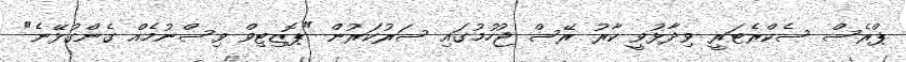
ޕްރެސް ސެކްރެޓަރީ ވިދާޅުވީ ކާރު ރޭސް ޖުހުމުގައި ސަރުކަރުން "ޕޮޒިޓިވް ވިސްނުމެއް ގެންގުޅޭނެ"